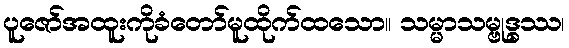
ပူဇော်အထူးကိုခံတော်မူထိုက်ထသော။ သမ္မာသမ္ဗုဒ္ဓဿ၊